Indian journal of veterinary science and animal husbandry - Volume 9,
Year: 1939
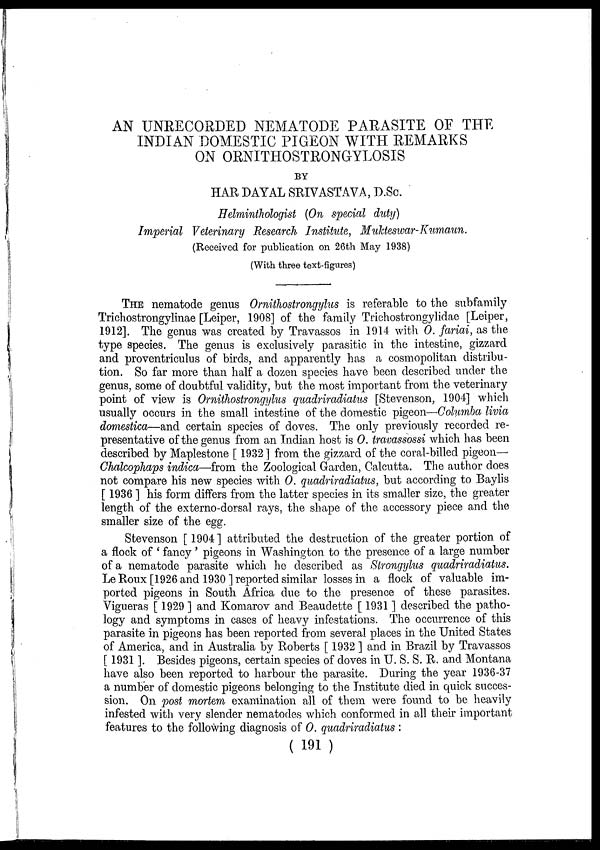
AN UNRECORDED NEMATODE PARASITE OF THE
INDIAN DOMESTIC PIGEON WITH REMARKS
ON ORNITHOSTRONGYLOSIS
BY
HAR DAYAL SRIVASTAVA, D.Sc.
Helminthologist (On special duty)
Imperial Veterinary Research Institute, Mukteswar-Kumaun.
(Received for publication on 26th May 1938)
(With three text-figures)
THE nematode genus Ornithostrongylus is referable to the subfamily
Trichostrongylinae [Leiper, 1908] of the family Trichostrongylidae [Leiper,
1912]. The genus was created by Travassos in 1914 with O. fariai, as the
type species. The genus is exclusively parasitic in the intestine, gizzard
and proventriculus of birds, and apparently has a cosmopolitan distribu-
tion. So far more than half a dozen species have been described under the
genus, some of doubtful validity, but the most important from the veterinary
point of view is Ornithostrongylus quadriradiatus [Stevenson, 1904] which
usually occurs in the small intestine of the domestic pigeon—Columba livia
domestica—and certain species of doves. The only previously recorded re-
presentative of the genus from an Indian host is O. travassossi which has been
described by Maplestone [ 1932 ] from the gizzard of the coral-billed pigeon—
Chalcophaps indica—from the Zoological Garden, Calcutta. The author does
not compare his new species with O. quadriradiatus, but according to Baylis
[ 1936 ] his form differs from the latter species in its smaller size, the greater
length of the externo-dorsal rays, the shape of the accessory piece and the
smaller size of the egg.
Stevenson [ 1904] attributed the destruction of the greater portion of
a flock of ' fancy' pigeons in Washington to the presence of a large number
of a nematode parasite which he described as Strongylus quadriradiatus.
Le Roux [1926 and 1930 ] reported similar losses in a flock of valuable im-
ported pigeons in South Africa due to the presence of these parasites.
Vigueras [ 1929 ] and Komarov and Beaudette [ 1931 ] described the patho-
logy and symptoms in cases of heavy infestations. The occurrence of this
parasite in pigeons has been reported from several places in the United States
of America, and in Australia by Roberts [ 1932 ] and in Brazil by Travassos
[ 1931 ]. Besides pigeons, certain species of doves in U. S. S. R. and Montana
have also been reported to harbour the parasite. During the year 1936-37
a number of domestic pigeons belonging to the Institute died in quick succes-
sion. On post mortem examination all of them were found to be heavily
infested with very slender nematodes which conformed in all their important-
features to the following diagnosis of 0. quadriradiatus :
( 191 )